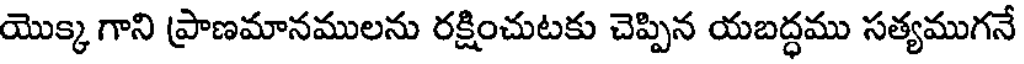
యొక్క గాని ప్రాణమానములను రక్షించుటకు చెప్పిన యబద్ధము సత్యముగనే